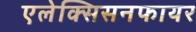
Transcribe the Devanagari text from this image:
एलेक्सिसनफायर